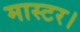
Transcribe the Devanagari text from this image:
मास्‍टर।